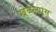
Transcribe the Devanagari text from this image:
खेळल्यास